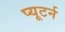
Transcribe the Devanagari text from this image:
प्यूटर्न